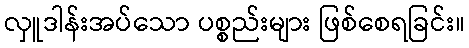
လှူဒါန်းအပ်သော ပစ္စည်းများ ဖြစ်စေရခြင်း။